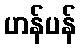
ဟန်ပန်